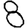
Digit: 8